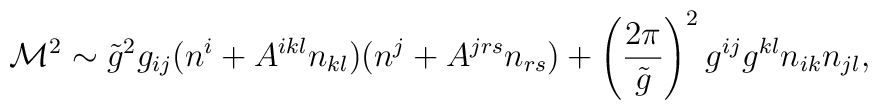
{\cal M}^2 \sim\tilde{g}^2 g_{ij} (n^i + A^{ikl} n_{kl})(n^j + A^{jrs} n_{rs})+ \left( \frac{2\pi}{\tilde{g}} \right)^2 g^{ij} g^{kl} n_{ik} n_{jl} ,